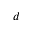
d